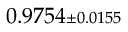
0 . 9 7 5 4 { \scriptstyle \pm 0 . 0 1 5 5 }